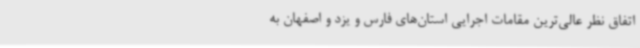
اتفاق نظر عالی‌ترین مقامات اجرایی استان‌های فارس و یزد و اصفهان به